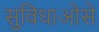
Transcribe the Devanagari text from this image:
सुविधाओसे